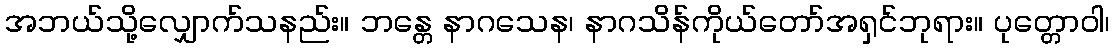
အဘယ်သို့လျှောက်သနည်း။ ဘန္တေ နာဂသေန၊ နာဂသိန်ကိုယ်တော်အရှင်ဘုရား။ ပုတ္တောဝါ၊